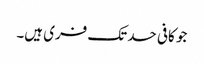
جو کافی حد تک فری ہیں۔